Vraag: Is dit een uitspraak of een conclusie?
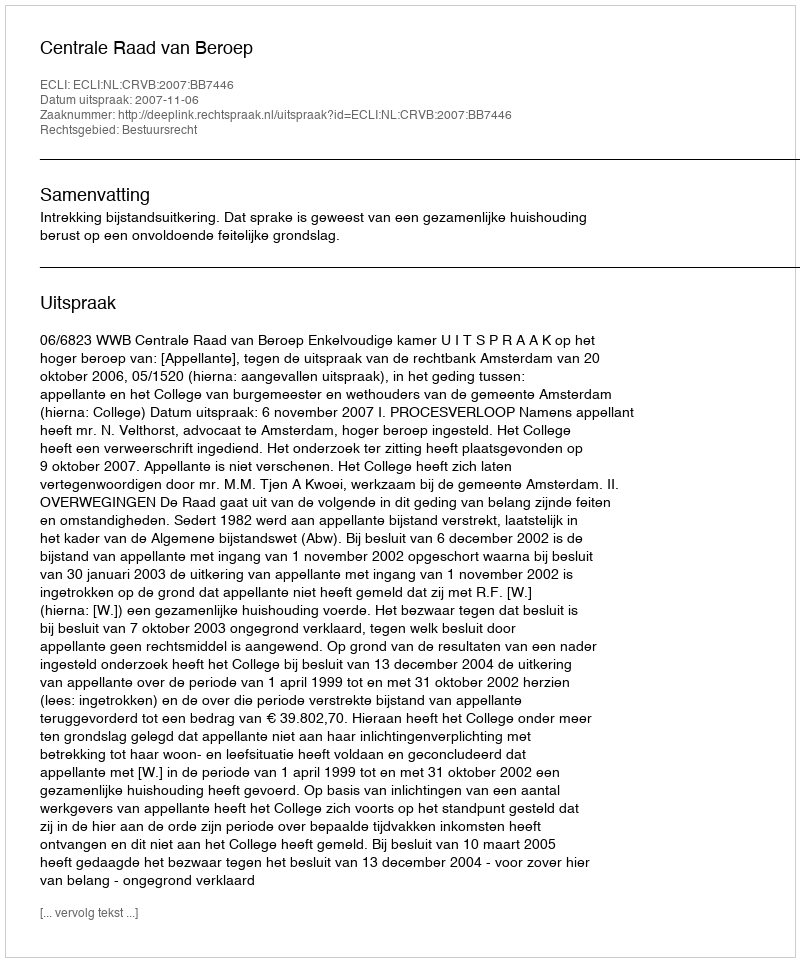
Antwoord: Uitspraak